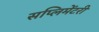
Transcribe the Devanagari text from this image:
सप्लिमेंटरी